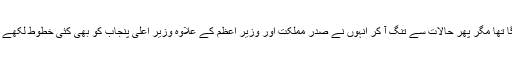
اس سوال کے جواب میں محمد عاشق کا کہنا تھا کہ پہلے تو انہوں نے کبھی کسی سے کچھ نہیں مانگا تھا مگر پھر حالات سے تنگ آ کر انہوں نے صدر مملکت اور وزیر اعظم کے علاوہ وزیر اعلیٰ پنجاب کو بھی کئی خطوط لکھے کہ انہیں ریلوے کے محکمے سے ان کی پینشن دلوائی جائے مگر ’کوئی شنوائی پھر بھی نہیں ہوئی‘۔